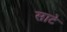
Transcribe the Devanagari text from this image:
साटे